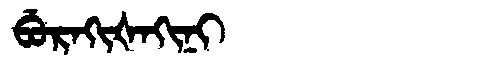
Manchu: ᠪᡠᡵᠠᡴᡳᡧᠠᡴᡳᠨᡳ
Romanization: BURAKIŠAKINI